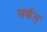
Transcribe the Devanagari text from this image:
सर्कल्